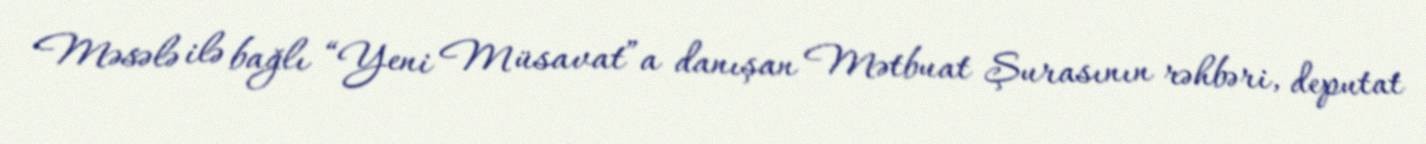
Məsələ ilə bağlı “Yeni Müsavat”a danışan Mətbuat Şurasının rəhbəri, deputat